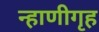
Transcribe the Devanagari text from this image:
न्हाणीगृह